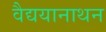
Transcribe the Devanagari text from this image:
वैद्ययानाथन